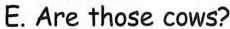
E. Are those cows?